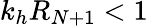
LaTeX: k_{h}R_{N+1}<1